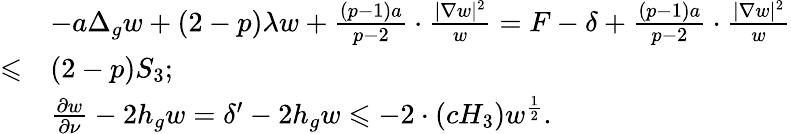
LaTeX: \begin{array}{rl}&{-a\Delta_{g}w+(2-p)\lambda w+\frac{(p-1)a}{p-2}\cdot\frac{\lvert\nabla w\rvert^{2}}{w}=F-\delta+\frac{(p-1)a}{p-2}\cdot\frac{\lvert\nabla w\rvert^{2}}{w}}\\ {\leqslant}&{(2-p)S_{3};}\\ &{\frac{\partial w}{\partial\nu}-2h_{g}w=\delta^{\prime}-2h_{g}w\leqslant-2\cdot\left(cH_{3}\right)w^{\frac{1}{2}}.}\end{array}